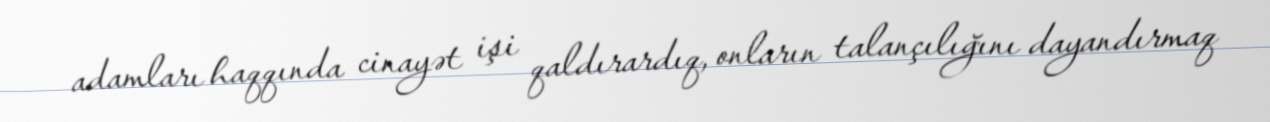
adamları haqqında cinayət işi qaldırardıq, onların talançılığını dayandırmaq